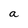
Character: a